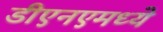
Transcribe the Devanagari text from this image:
डीएनएमध्ये